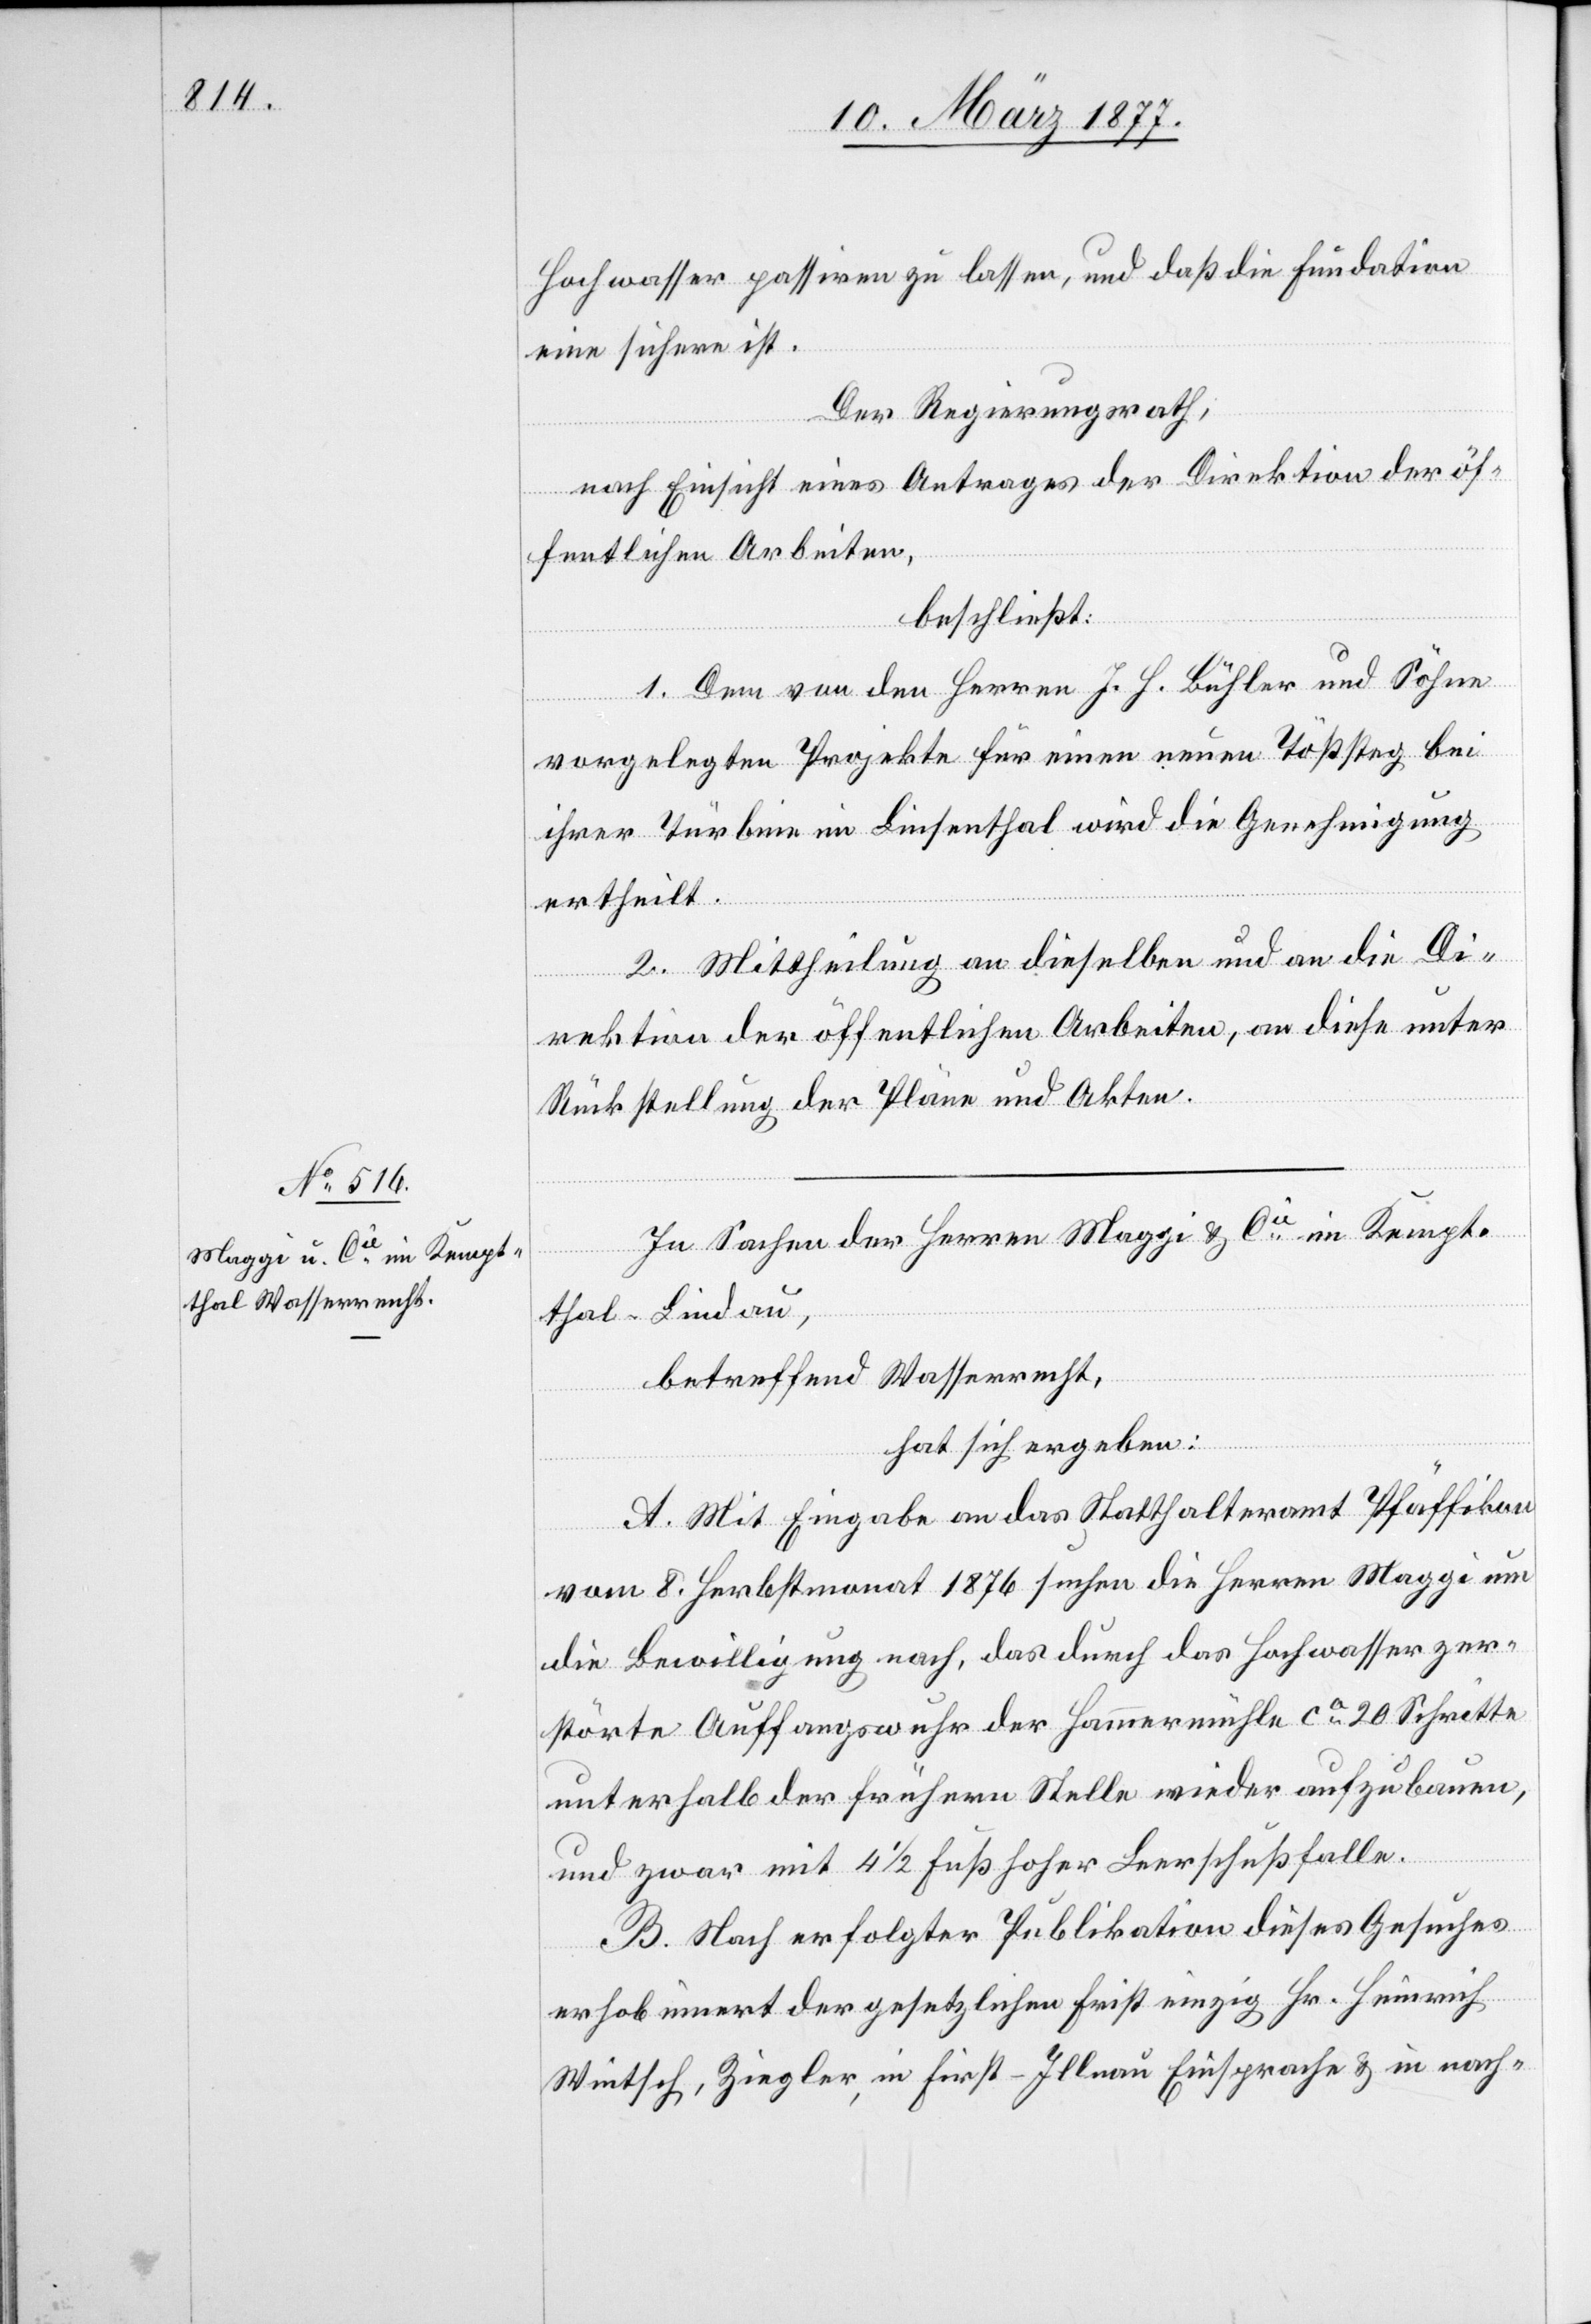
Hochwasser passiren zu lassen, und daß die Fundation
eine sichere ist.
Der Regierungsrath,
nach Einsicht eines Antrages der Direktion der öf¬
fentlichen Arbeiten,
beschließt:
1. Dem von den Herren J. H. Bühler und Söhne
vorgelegten Projekte für einen neuen Tößsteg bei
ihrer Turbine im Linsenthal wird die Genehmigung
ertheilt.
2. Mittheilung an dieselben und an die Di¬
rektion der öffentlichen Arbeiten, an diese unter
Rückstellung der Pläne und Akten.
In Sachen der Herren Maggi & Cie im Kempt¬
thal - Lindau,
betreffend Wasserrecht,
hat sich ergeben:
A. Mit Eingabe an das Statthalteramt Pfäffikon
vom 8. Herbstmonat 1876 suchen die Herren Maggi um
die Bewilligung nach, das durch das Hochwasser zer¬
störte Auffangswuhr der Hammermühle ca 20 Schritte
unterhalb der frühern Stelle wieder aufzubauen,
und zwar mit 4 1/2 Fuß hoher Leerschußfalle.
B. Nach erfolgter Publikation dieses Gesuches
erhob innert der gesetzlichen Frist einzig Hr. Heinrich
Wintsch, Ziegler, in First - Illnau Einsprache & in nach-